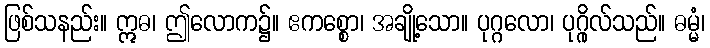
ဖြစ်သနည်း။ ဣဓ၊ ဤလောက၌။ ဧကစ္စော၊ အချို့သော။ ပုဂ္ဂလော၊ ပုဂ္ဂိုလ်သည်။ ဓမ္မံ၊